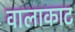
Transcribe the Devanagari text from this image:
वालाकाट